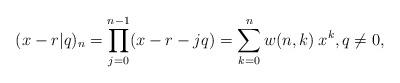
LaTeX: \begin{align*}(x-r|q)_n=\prod_{j=0}^{n-1}(x-r-jq)=\sum_{k=0}^{n}w(n,k)\:x^k, q \neq 0,\end{align*}